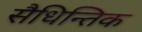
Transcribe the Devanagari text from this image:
सैधिन्तिक